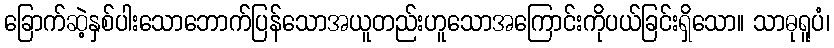
ခြောက်ဆဲ့နှစ်ပါးသောဘောက်ပြန်သောအယူတည်းဟူသောအကြောင်းကိုပယ်ခြင်းရှိသော။ သာဓုရူပံ၊